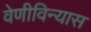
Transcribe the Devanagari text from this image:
वेणीविन्यास